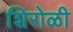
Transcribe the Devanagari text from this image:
शिरोळी